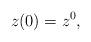
LaTeX: \begin{align*}z(0)=z^0,\end{align*}